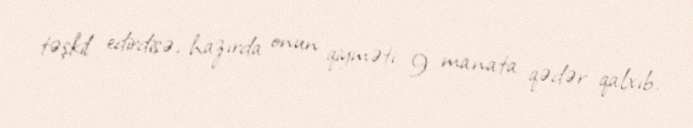
təşkil edirdisə, hazırda onun qiyməti 9 manata qədər qalxıb.